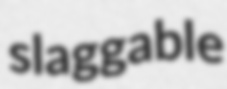
slaggable